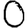
Digit: 0